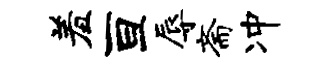
羞亘辱斋冲